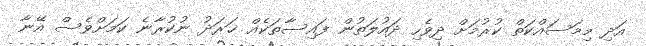
އަދި މިމަސައްކަތް ކުރުމަށް ދިވެހި ދައުލަތުން ފައިސާތަކެއް ޚަރަދު ނުކުރާނެ ކަމަށްވެސް އޭނާ